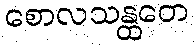
စောလသန္ထတေ